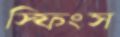
স্ফিংস